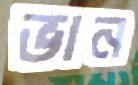
ভান